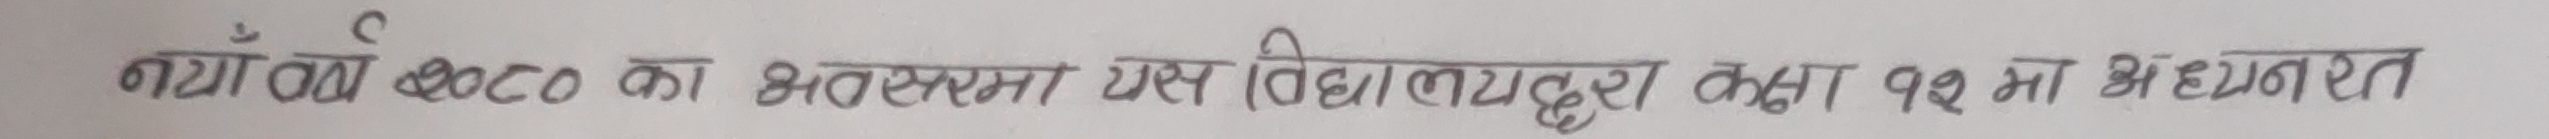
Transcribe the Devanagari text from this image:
नयाँ वर्ष २०८० का अवसरमा यस विद्यालयद्वारा कक्षा १२ मा अध्यनरत